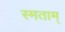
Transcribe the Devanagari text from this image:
स्मताम्